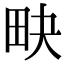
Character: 𤰮